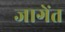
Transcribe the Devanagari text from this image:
जागेंत